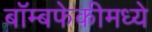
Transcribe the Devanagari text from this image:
बॉम्बफेकीमध्ये